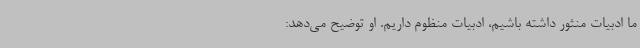
ما ادبیات منثور داشته باشیم، ادبیات منظوم داریم. او توضیح می‌دهد: